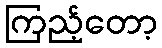
ကြည့်တော့